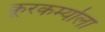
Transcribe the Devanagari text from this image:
क्रूरकर्म्याला